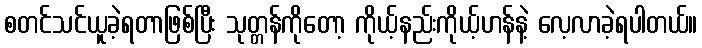
စတင်သင်ယူခဲ့ရတာဖြစ်ပြီး သုတ္တန်ကိုတော့ ကိုယ့်နည်းကိုယ့်ဟန်နဲ့ လေ့လာခဲ့ရပါတယ်။